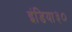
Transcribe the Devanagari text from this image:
इंडिया३०